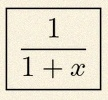
\frac{1}{1+x}